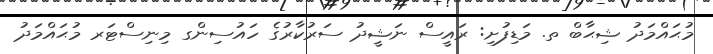
މުޙައްމަދު ޝިޙާބް ތ. މަޑިފުށި: ރައީސް ނަޝީދު ސަރުކާރުގެ ހައުސިންގ މިނިސްޓަރ މުޙައްމަދު